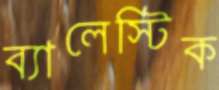
ব্যালেস্টিক